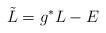
LaTeX: \begin{align*} \tilde L = g^*L - E\end{align*}